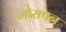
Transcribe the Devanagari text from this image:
गोरापन